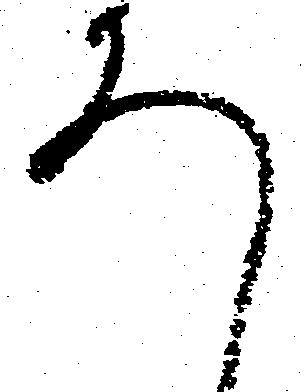
ろ